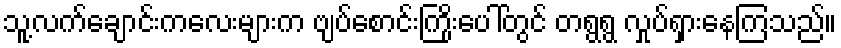
သူ့လက်ချောင်းကလေးများက ဗျပ်စောင်းကြိုးပေါ်တွင် တရွရွ လှုပ်ရှားနေကြသည်။